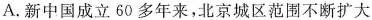
A. 新中国成立60多年来，北京城区范围不断扩大